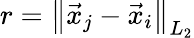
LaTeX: r=\left\lVert\vec{x}_{j}-\vec{x}_{i}\right\rVert_{L_{2}}